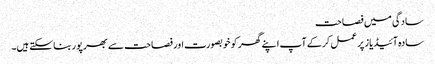
سادگی میں فصاحت
سادہ آئیڈیاز پر عمل کرکے آپ اپنے گھر کو خوبصورت اور فصاحت سے بھرپور بناسکتے ہیں۔